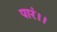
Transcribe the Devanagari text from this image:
पारं।।